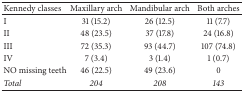
<table><thead><tr><td><b>Kennedy classes</b></td><td><b>Maxillary arch</b></td><td><b>Mandibular arch</b></td><td><b>Both arches</b></td></tr></thead><tbody><tr><td>I</td><td>31 (15.2)</td><td>26 (12.5)</td><td>11 (7.7)</td></tr><tr><td>II</td><td>48 (23.5)</td><td>37 (17.8)</td><td>24 (16.8)</td></tr><tr><td>III</td><td>72 (35.3)</td><td>93 (44.7)</td><td>107 (74.8)</td></tr><tr><td>IV</td><td>7 (3.4)</td><td>3 (1.4)</td><td>1 (0.7)</td></tr><tr><td>NO missing teeth</td><td>46 (22.5)</td><td>49 (23.6)</td><td>0</td></tr><tr><td><i>Total</i></td><td><i>204</i></td><td><i>208</i></td><td><i>143</i></td></tr></tbody></table>